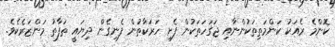
ކޮންމެ ރެއަކު ކަންމަތިތަކުންނާއި ޖަގަހަތަކުން ފެށި ހަރަކާތުން ފެނިގެން ދިޔައީ ތަފާތު މަންޒަރެކެވެ.